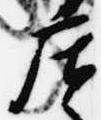
庄